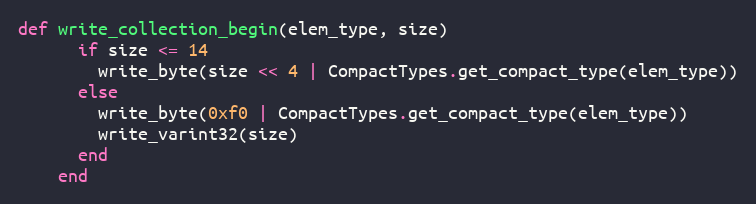
Language: Ruby
def write_collection_begin(elem_type, size)
      if size <= 14
        write_byte(size << 4 | CompactTypes.get_compact_type(elem_type))
      else
        write_byte(0xf0 | CompactTypes.get_compact_type(elem_type))
        write_varint32(size)
      end
    end